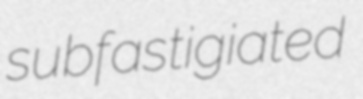
subfastigiated